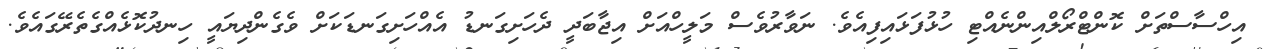
އިހްސާސްތަށް ކޮންޓްރޯލްއިންނެއްޓި ހުޅުފަޅައިފިއެވެ. ނަވާރުވެސް މަލީހްއަށް އިޖާބަދީ ދެހަށިގަނޑު އެއްހަށިގަނޑަކަށް ވެގެންދިޔައީ ހިނދުކޮޅެއްގެތެރޭގައެވެ.